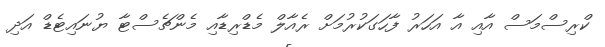
ކްރިސްމަސް އާއި އާ އަހަރު ފާހަގަކުރުމަށް ރެއާލް މެޑްރިޑާއި މެންޗެސްޓާ ޔުނައިޓެޑް އަދި